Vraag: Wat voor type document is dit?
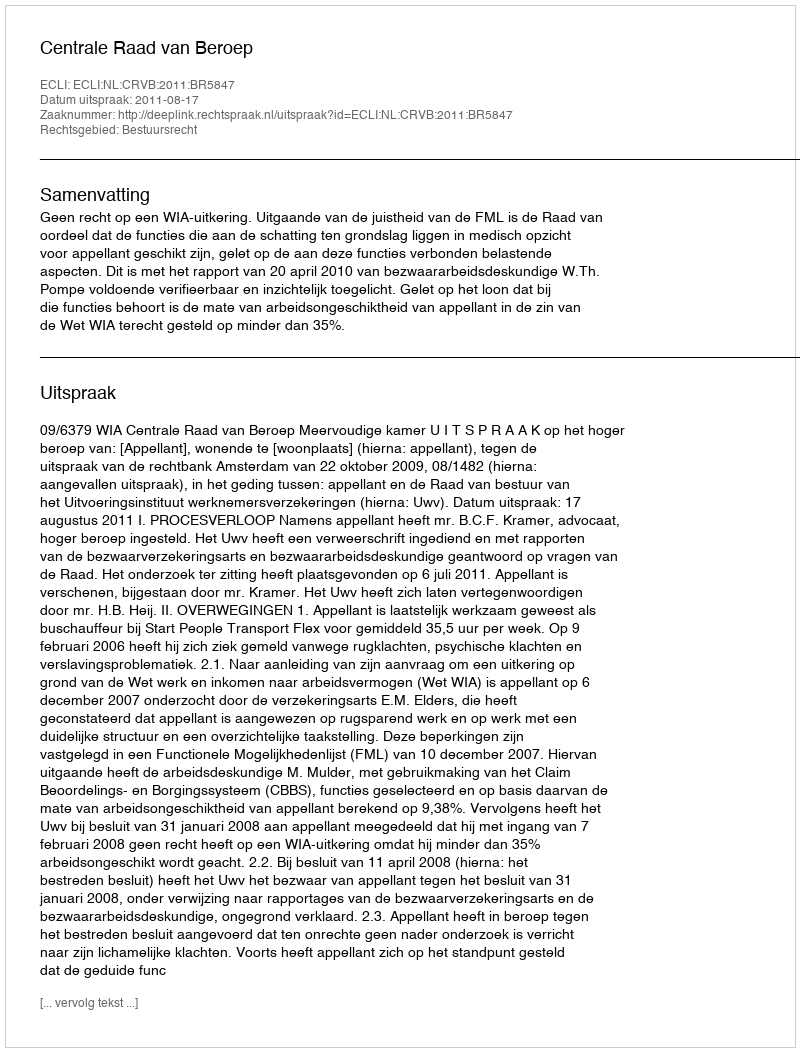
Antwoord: Uitspraak